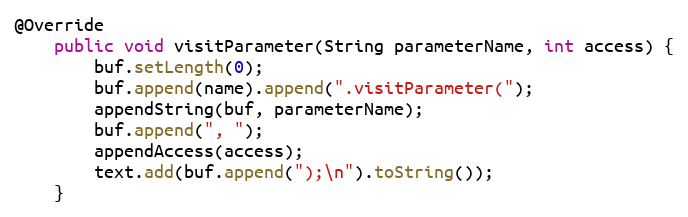
Language: Java
@Override
    public void visitParameter(String parameterName, int access) {
        buf.setLength(0);
        buf.append(name).append(".visitParameter(");
        appendString(buf, parameterName);
        buf.append(", ");
        appendAccess(access);
        text.add(buf.append(");\n").toString());
    }